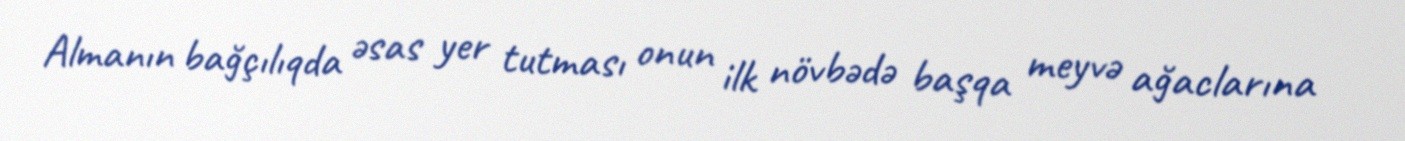
Almanın bağçılıqda əsas yer tutması onun ilk növbədə başqa meyvə ağaclarına